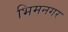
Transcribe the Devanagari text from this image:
भिमनगर